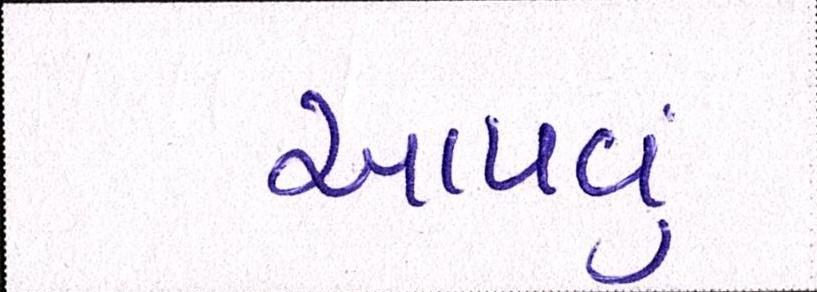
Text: આપવું